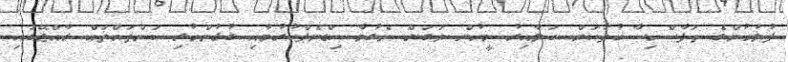
ފުލުހުންގެ ތަފާސްހިސާބުތަކަށް ބަލާއިރު މީހުން ވަގަށް ނެގުމާ ކިޑްނެޕްކުރުމާއި ގުޅުންހުރި ކަންތައްތައް ރާއްޖޭގައި